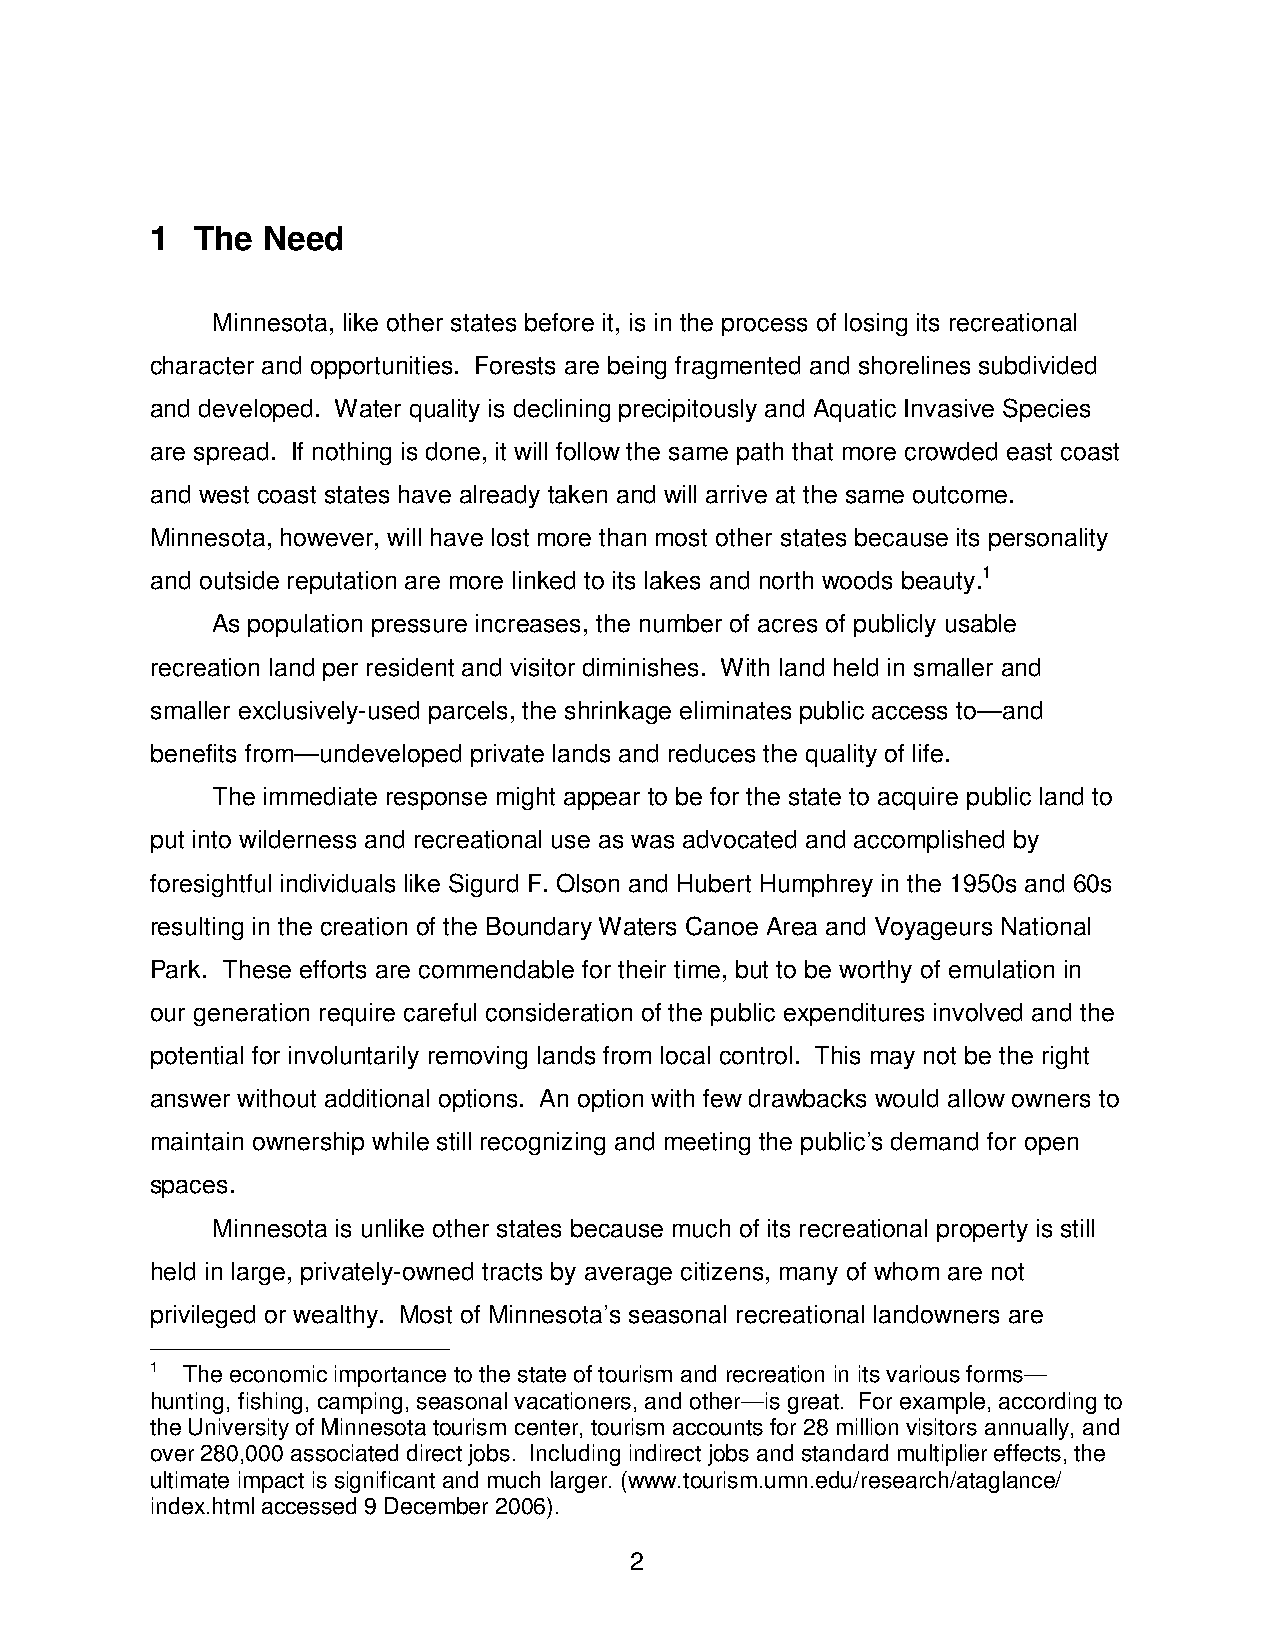
1  The Need
 Minnesota, like other states before it, is in the process of losing its recreational
 character and opportunities. Forests are being fragmented and shorelines subdivided
 and developed. Water quality is declining precipitously and Aquatic Invasive Species
 are spread. If nothing is done, it will follow the same path that more crowded east coast
 and west coast states have already taken and will arrive at the same outcome.
 Minnesota, however, will have lost more than most other states because its personality
 and outside reputation are more linked to its lakes and north woods beauty.1
 As population pressure increases, the number of acres of publicly usable
 recreation land per resident and visitor diminishes. With land held in smaller and
 smaller exclusively-used parcels, the shrinkage eliminates public access to—and
 benefits from—undeveloped private lands and reduces the quality of life.
 The immediate response might appear to be for the state to acquire public land to
 put into wilderness and recreational use as was advocated and accomplished by
 foresightful individuals like Sigurd F. Olson and Hubert Humphrey in the 1950s and 60s
 resulting in the creation of the Boundary Waters Canoe Area and Voyageurs National
 Park. These efforts are commendable for their time, but to be worthy of emulation in
 our generation require careful consideration of the public expenditures involved and the
 potential for involuntarily removing lands from local control. This may not be the right
 answer without additional options. An option with few drawbacks would allow owners to
 maintain ownership while still recognizing and meeting the public’s demand for open
 spaces.
 Minnesota is unlike other states because much of its recreational property is still
 held in large, privately-owned tracts by average citizens, many of whom are not
 privileged or wealthy. Most of Minnesota’s seasonal recreational landowners are
 1 The economic importance to the state of tourism and recreation in its various forms—
 hunting, fishing, camping, seasonal vacationers, and other—is great. For example, according to
 the University of Minnesota tourism center, tourism accounts for 28 million visitors annually, and
 over 280,000 associated direct jobs. Including indirect jobs and standard multiplier effects, the
 ultimate impact is significant and much larger. (www.tourism.umn.edu/research/ataglance/
 index.html accessed 9 December 2006).
 2